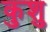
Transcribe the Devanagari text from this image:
कुशु